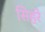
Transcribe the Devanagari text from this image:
सिहरे